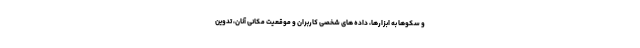
و سکوها به ابزارها، داده های شخصی کاربران و موقعیت مکانی آنان، تدوین